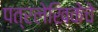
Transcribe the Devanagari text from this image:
पत्रलेखिकेचे